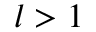
l > 1